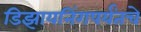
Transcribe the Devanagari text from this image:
डिझायनिंगपर्यंतचे